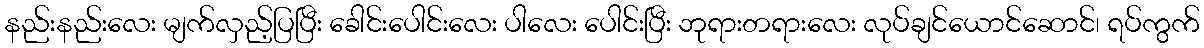
နည်းနည်းလေး မျက်လှည့်ပြပြီး ခေါင်းပေါင်းလေး ပါလေး ပေါင်းပြီး ဘုရားတရားလေး လုပ်ချင်ယောင်ဆောင်၊ ရပ်ကွက်